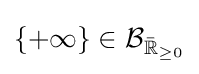
\{+\infty \}\in \operatorname {\mathcal {B}} _{{\bar {\mathbb {R} }}_{\geq 0}}